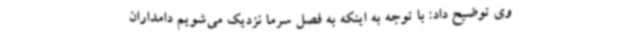
وی توضیح داد: با توجه به اینکه به فصل سرما نزدیک می‌شویم دامداران